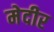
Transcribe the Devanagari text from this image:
मेदीर